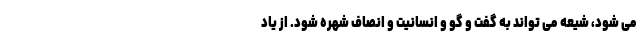
می شود، شیعه می تواند به گفت و گو و انسانیت و انصاف شهره شود. از یاد